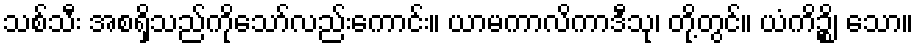
သစ်သီး အစရှိသည်ကိုသော်လည်းကောင်း။ ယာမကာလိကာဒီသု၊ တို့တွင်။ ယံကိဉ္စိ၊ သော။